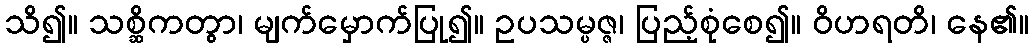
သိ၍။ သစ္ဆိကတွာ၊ မျက်မှောက်ပြု၍။ ဥပသမ္ပဇ္ဇ၊ ပြည့်စုံစေ၍။ ဝိဟရတိ၊ နေ၏။